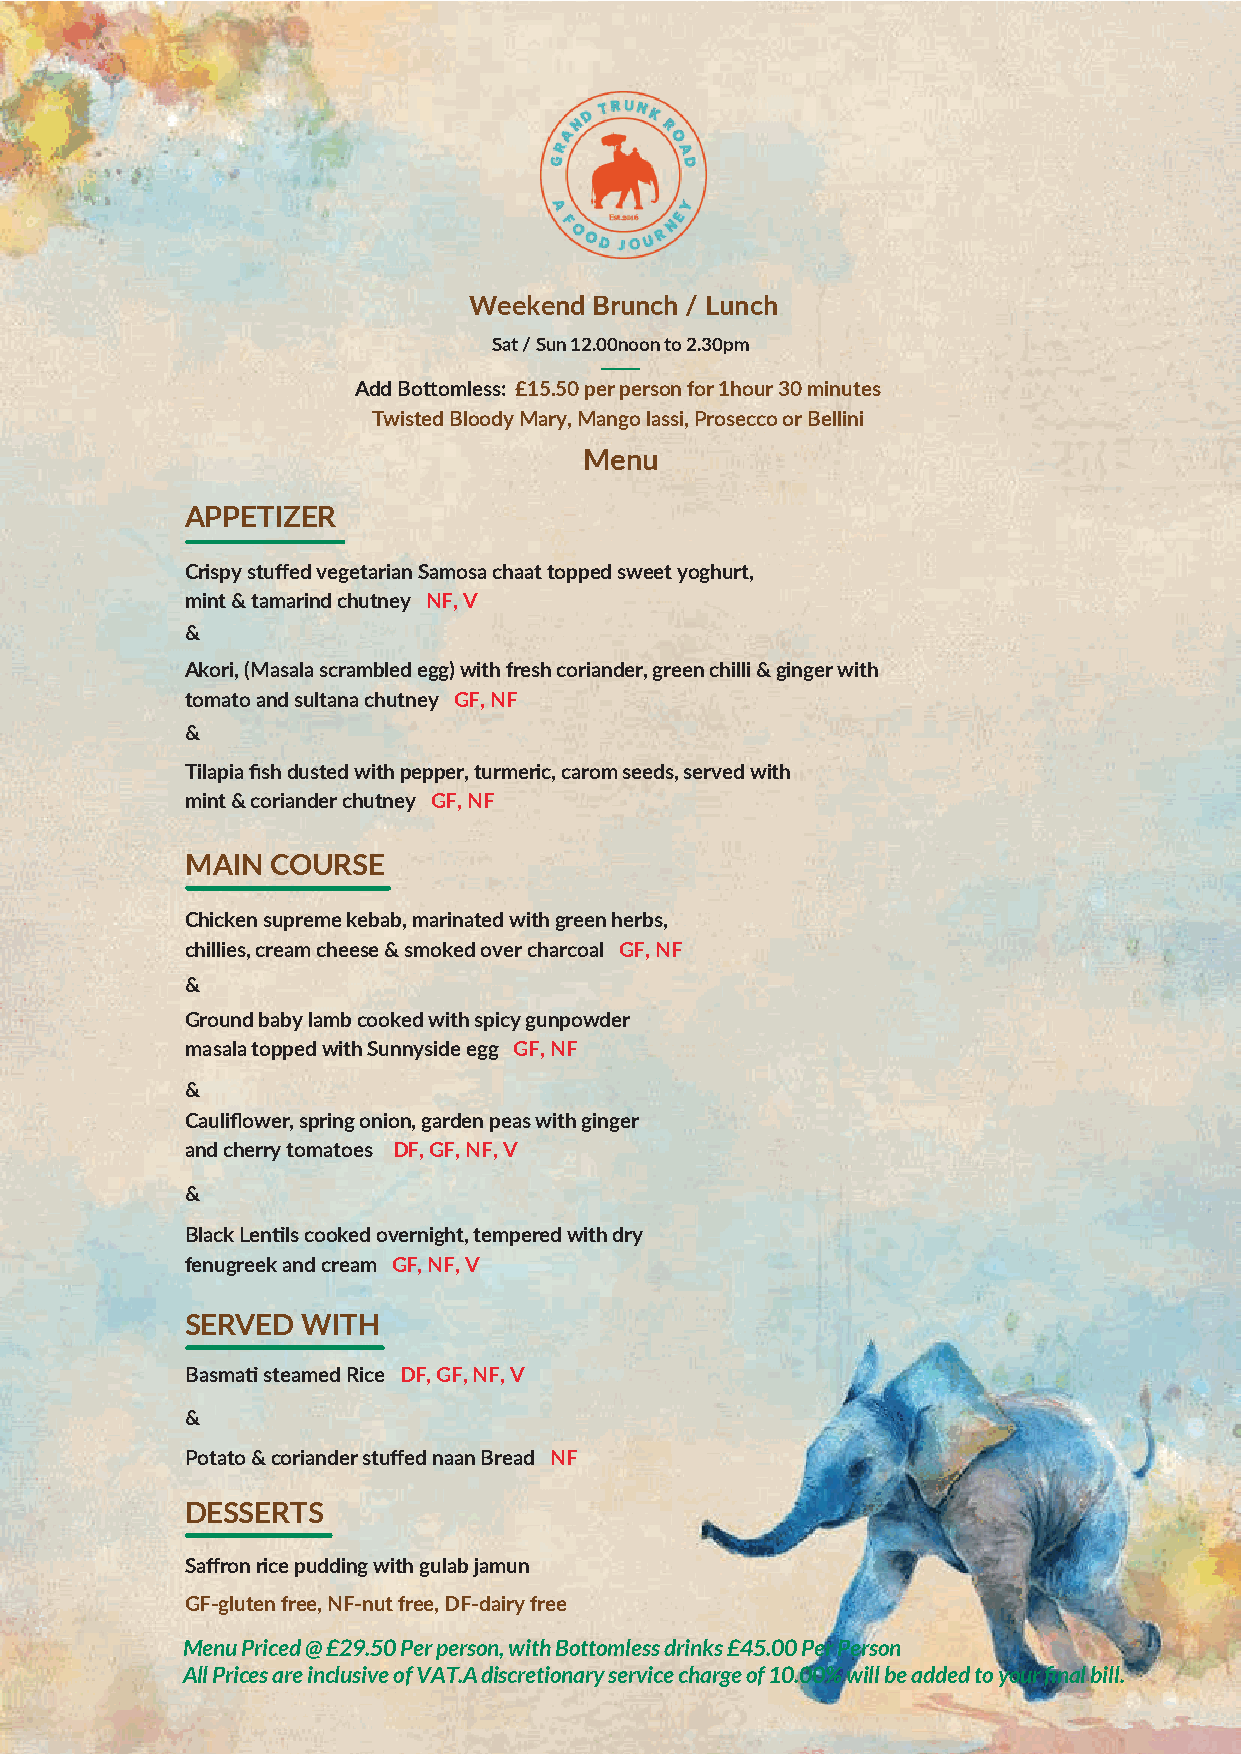
Weekend Brunch / Lunch
 Sat / Sun 12.00noon to 2.30pm
 Add Bottomless: £15.50 per person for 1hour 30 minutes
 Twisted Bloody Mary, Mango lassi, Prosecco or Bellini
 Menu
 APPETIZER
 Crispy stuffed vegetarian Samosa chaat topped sweet yoghurt,
 mint & tamarind chutney NF, V
 &
 Akori, (Masala scrambled egg) with fresh coriander, green chilli & ginger with
 tomato and sultana chutney GF, NF
 &
 Tilapia fish dusted with pepper, turmeric, carom seeds, served with
 mint & coriander chutney GF, NF
 MAIN  COURSE
 Chicken supreme kebab, marinated with green herbs,
 chillies, cream cheese & smoked over charcoal GF, NF
 &
 Ground baby lamb cooked with spicy gunpowder
 masala topped with Sunnyside egg GF, NF
 &
 Cauliflower, spring onion, garden peas with ginger
 and cherry tomatoes DF, GF, NF, V
 &
 Black Lentils cooked overnight, tempered with dry
 fenugreek and cream GF, NF, V
 SERVED  WITH
 Basmati steamed Rice DF, GF, NF, V
 &
 Potato & coriander stuffed naan Bread NF
 DESSERTS
 Saffron rice pudding with gulab jamun
 GF-gluten free, NF-nut free, DF-dairy free
 Menu Priced @ £29.50 Per person, with Bottomless drinks £45.00 Per Person
 All Prices are inclusive of VAT.A discretionary service charge of 10.00% will be added to your final bill.